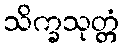
သိက္ခသုတ္တံ